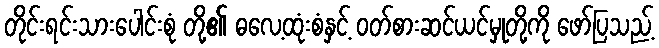
တိုင်းရင်းသားပေါင်းစုံ တို့၏ ဓလေ့ထုံးစံနှင့် ဝတ်စားဆင်ယင်မှုတို့ကို ဖော်ပြသည့်